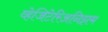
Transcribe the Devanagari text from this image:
व्हेजिटेरिअनिझम